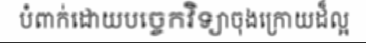
បំពាក់ដោយបច្ចេកវិទ្យាចុងក្រោយដ៏ល្អ